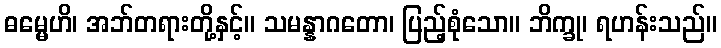
ဓမ္မေဟိ၊ အဘ်တရားတို့နှင့်။ သမန္နာဂတော၊ ပြည့်စုံသော။ ဘိက္ခု၊ ရဟန်းသည်။